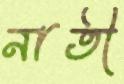
নাতী